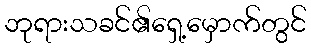
ဘုရားသခင်၏ရှေ့မှောက်တွင်